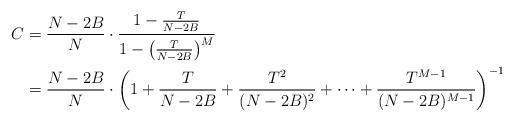
LaTeX: \begin{align*}C &= \frac{N-2B}{N} \cdot \frac{1-\frac{T}{N-2B}}{1-\left(\frac{T}{N-2B}\right)^M} \\ &=\frac{N-2B}{N}\cdot\left(1+\frac{T}{N-2B}+\frac{T^2}{(N-2B)^2}+\cdots+\frac{T^{M-1}}{(N-2B)^{M-1}}\right)^{-1}\end{align*}